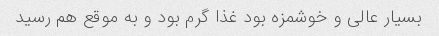
بسیار عالی و خوشمزه بود غذا گرم بود و به موقع هم رسید